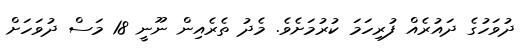
ދުވަހުގެ ދައުރެއް ފުރިހަމަ ކުރުމަށެވެ. މެދު ތެރެއިން ނޫނީ 18 މަސް ދުވަހަށް